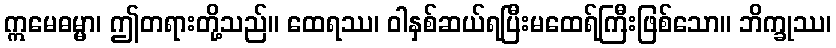
ဣမေဓမ္မာ၊ ဤတရားတို့သည်။ ထေရဿ၊ ဝါနှစ်ဆယ်ရပြီးမထေရ်ကြီးဖြစ်သော။ ဘိက္ခုဿ၊